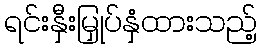
ရင်းနှီးမြှုပ်နှံထားသည့်